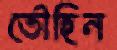
তৌহিন